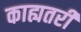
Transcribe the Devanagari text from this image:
काह्यतरी